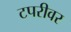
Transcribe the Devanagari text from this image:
टपरीवर